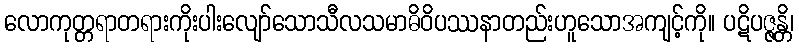
လောကုတ္တရာတရားကိုးပါးလျော်သောသီလသမာဓိဝိပဿနာတည်းဟူသောအကျင့်ကို။ ပဋိပဇ္ဇန္တိ၊